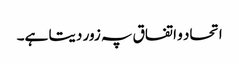
اتحاد و اتفاق پہ زور دیتا ہے۔